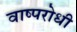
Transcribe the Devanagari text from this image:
वाष्परोधी